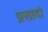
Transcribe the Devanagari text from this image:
प्रसादो